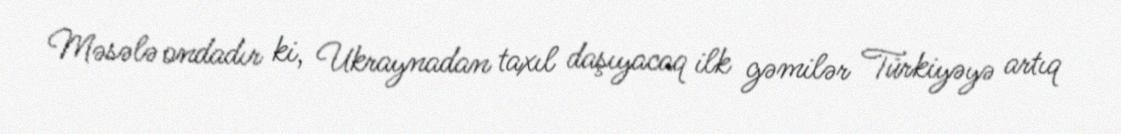
Məsələ ondadır ki, Ukraynadan taxıl daşıyacaq ilk gəmilər Türkiyəyə artıq